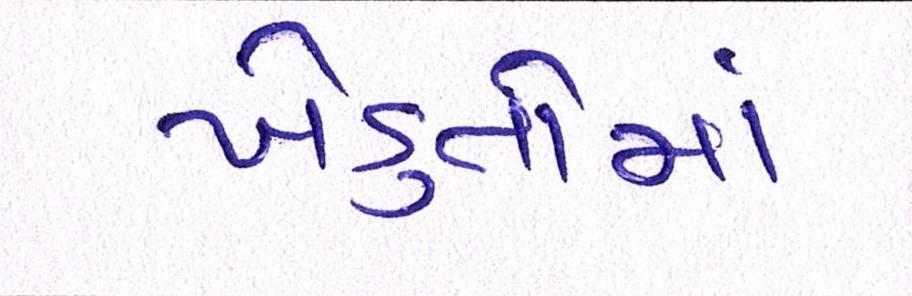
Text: ખેડુતોમાં